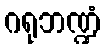
ဂရုဘဏ္ဍံ